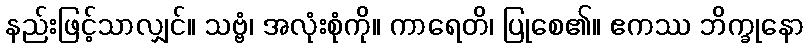
နည်းဖြင့်သာလျှင်။ သဗ္ဗံ၊ အလုံးစုံကို။ ကာရေတိ၊ ပြုစေ၏။ ဧကဿ ဘိက္ခုနော